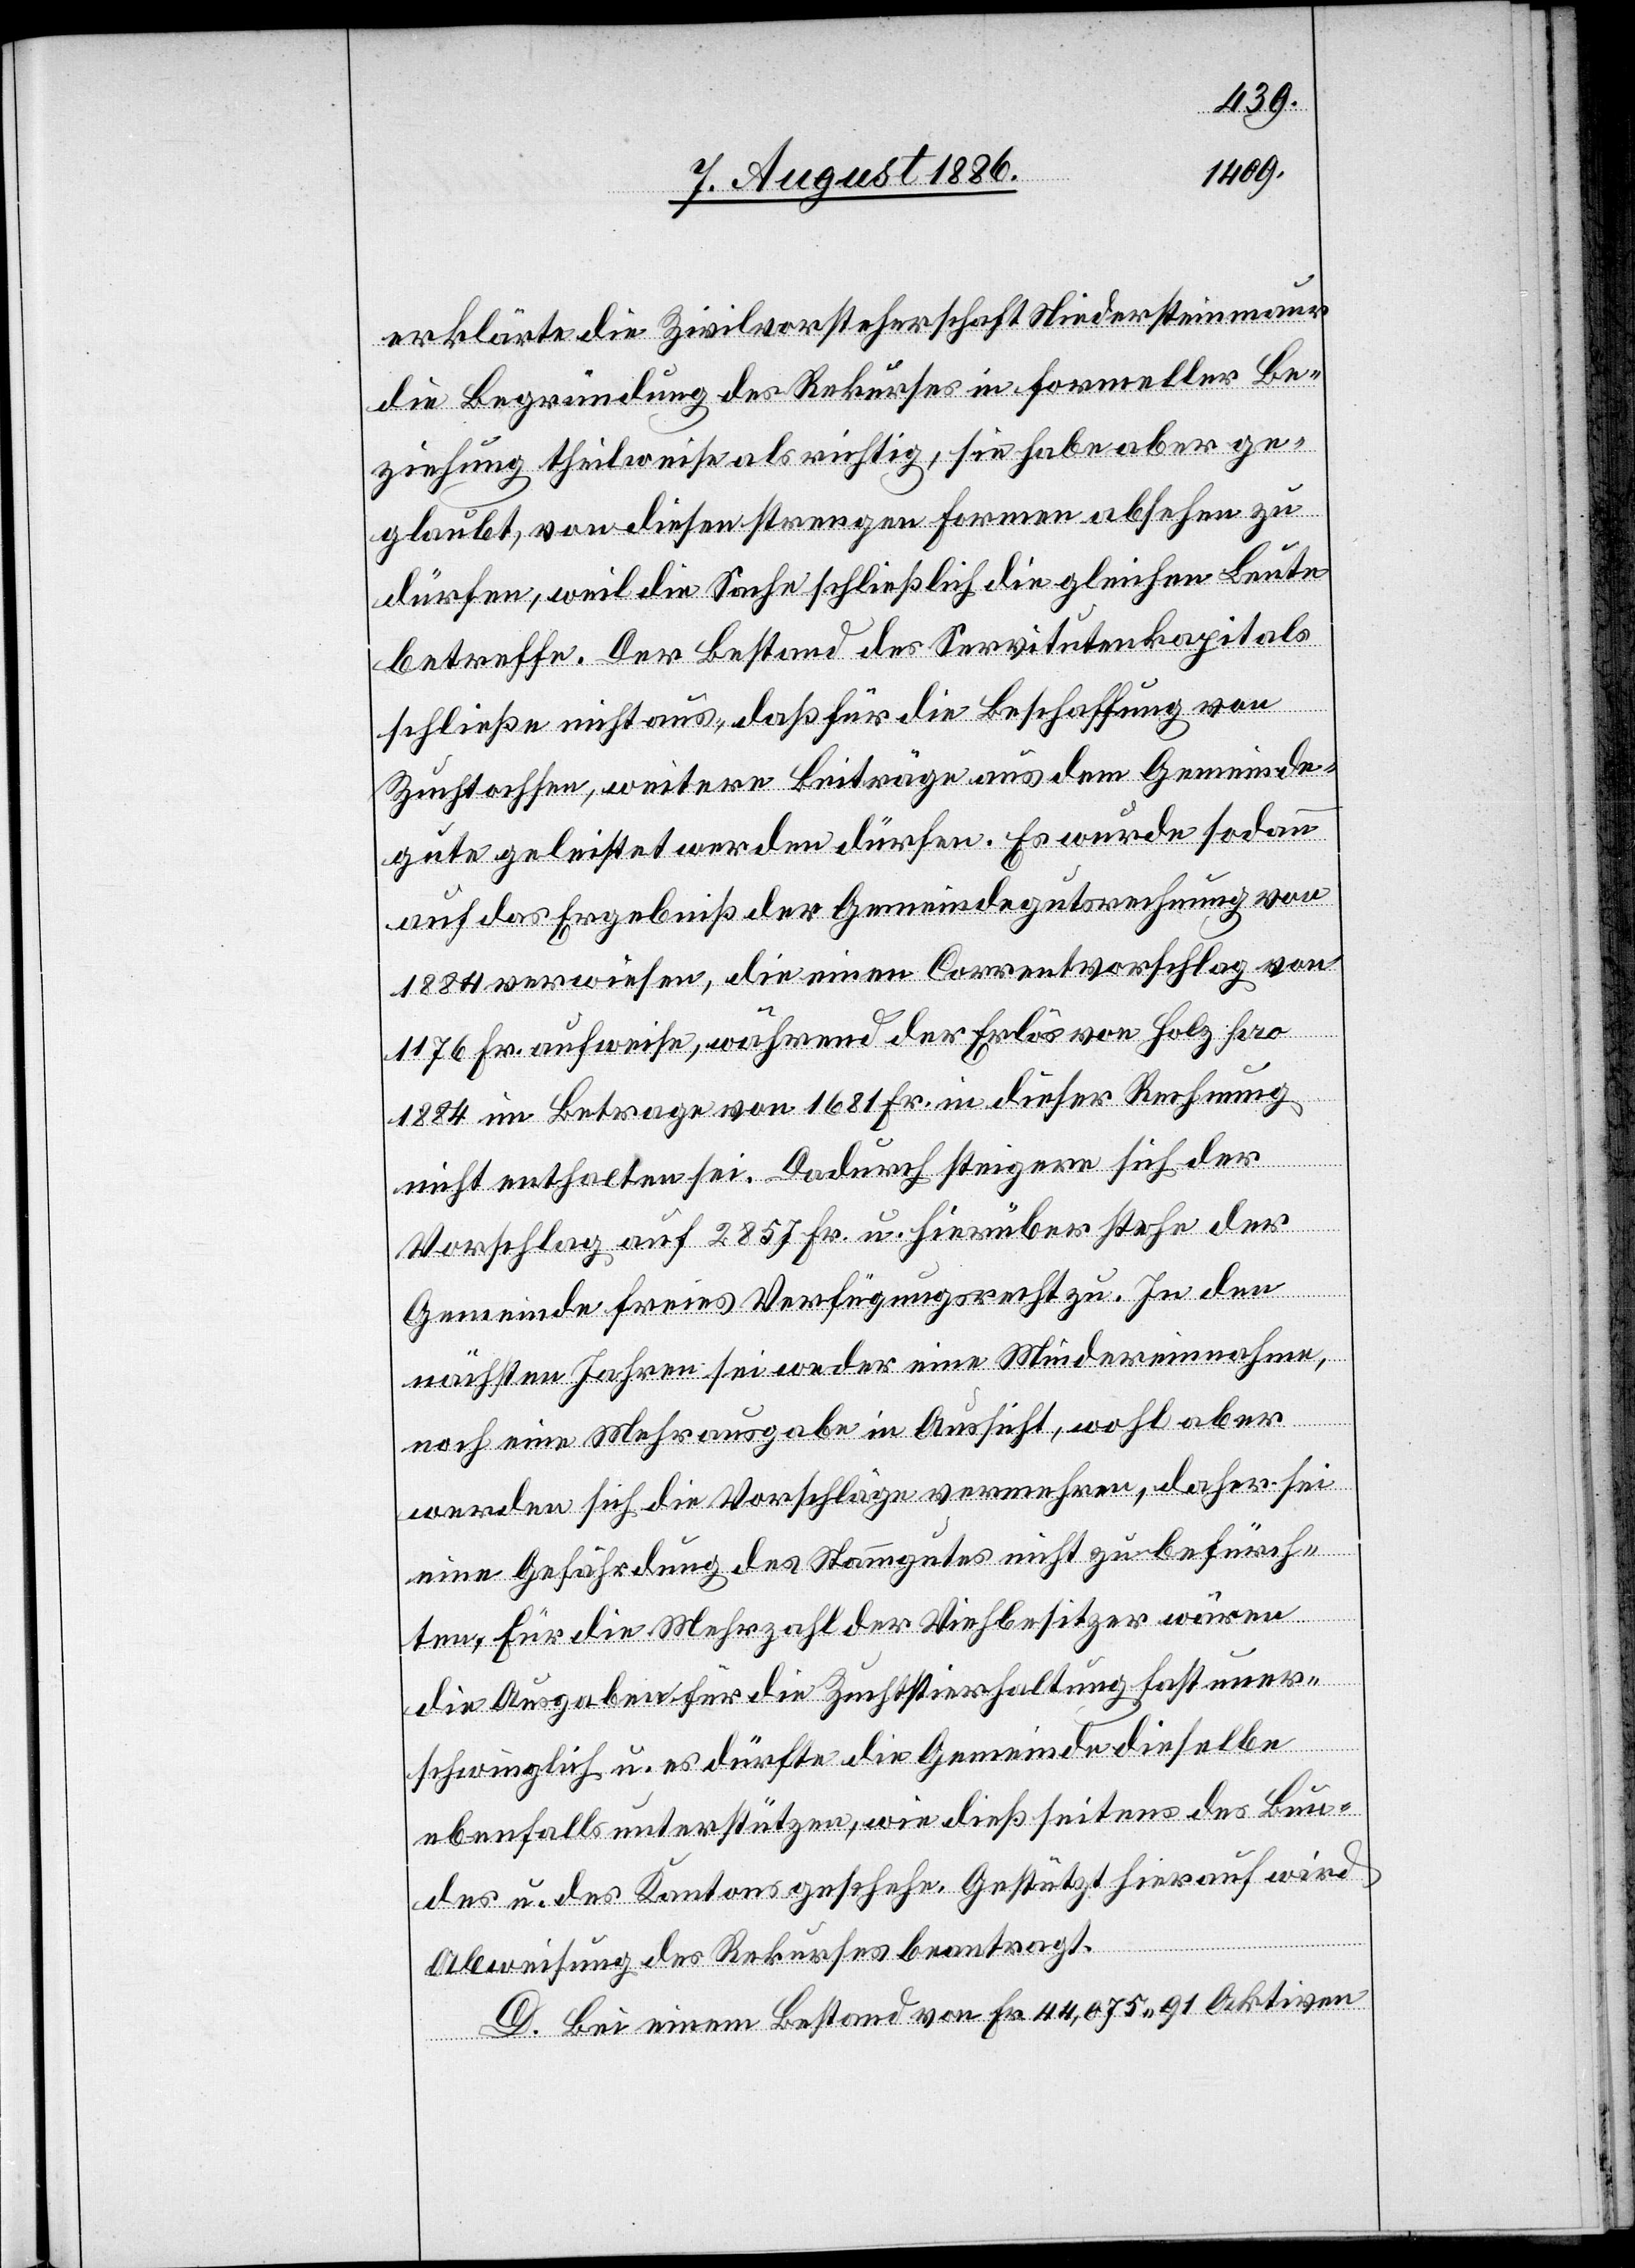
erklärte die Zivilvorsteherschaft Niedersteinmaur
die Begründung des Rekurses in formeller Be¬
ziehung theilweise als richtig, sie habe aber ge¬
glaubt, von diesen strengen Formen absehen zu
dürfen, weil die Sache schließlich die gleichen Leute
betreffe. Der Bestand des Servitutenkapitals
schließe nicht aus, daß für die Beschaffung von
Zuchtochsen, weitere Beiträge aus dem Gemeinde¬
gute geleistet werden dürfen. Es wurde sodann
auf das Ergebniß der Gemeindegutsrechnung von
1884 verwiesen, die einen Correntvorschlag von
1176 Fr. aufweise, während der Erlös von Holz pro
1884 im Betrage von 1681 Fr. in dieser Rechnung
nicht enthalten sei. Dadurch steigere sich der
Vorschlag auf 2857 Fr. u. hierüber stehe der
Gemeinde freies Verfügungsrecht zu. In den
nächsten Jahren sei weder eine Mindereinnahme,
noch eine Mehrausgabe in Aussicht, wohl aber
werden sich die Vorschläge vermehren, daher sei
eine Gefährdung des Stammgutes nicht zu befürch¬
ten. Für die Mehrzahl der Viehbesitzer wären
die Ausgaben für die Zuchtstierhaltung fast uner¬
schwinglich u. es dürfte die Gemeinde dieselbe
ebenfalls unterstützen, wie dieß seitens des Bun¬
des u. des Kantons geschehe. Gestützt hierauf wird
Abweisung des Rekurses beantragt.
D. Bei einem Bestand von Fr. 44,075 91 Aktiven